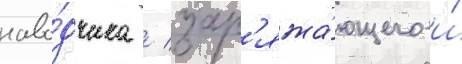
наво́дчика / зар'яжа́ющего и́